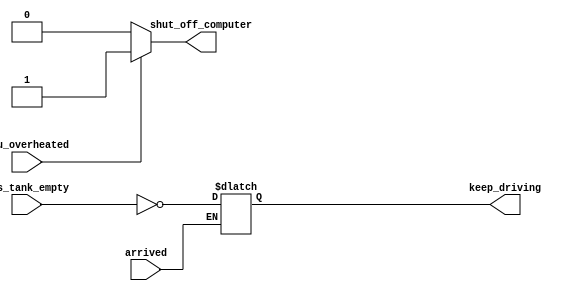
module top_module (
    input      cpu_overheated,
    output reg shut_off_computer,
    input      arrived,
    input      gas_tank_empty,
    output reg keep_driving  ); //

    always @(*) begin
		shut_off_computer = 0;
        if (cpu_overheated)
           shut_off_computer = 1;
    end

    always @(*) begin
		keepdriving = 0;
        if (~arrived)
           keep_driving = ~gas_tank_empty;
    end

endmodule